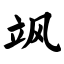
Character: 飒